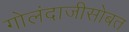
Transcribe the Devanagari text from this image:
गोलंदाजीसोबत